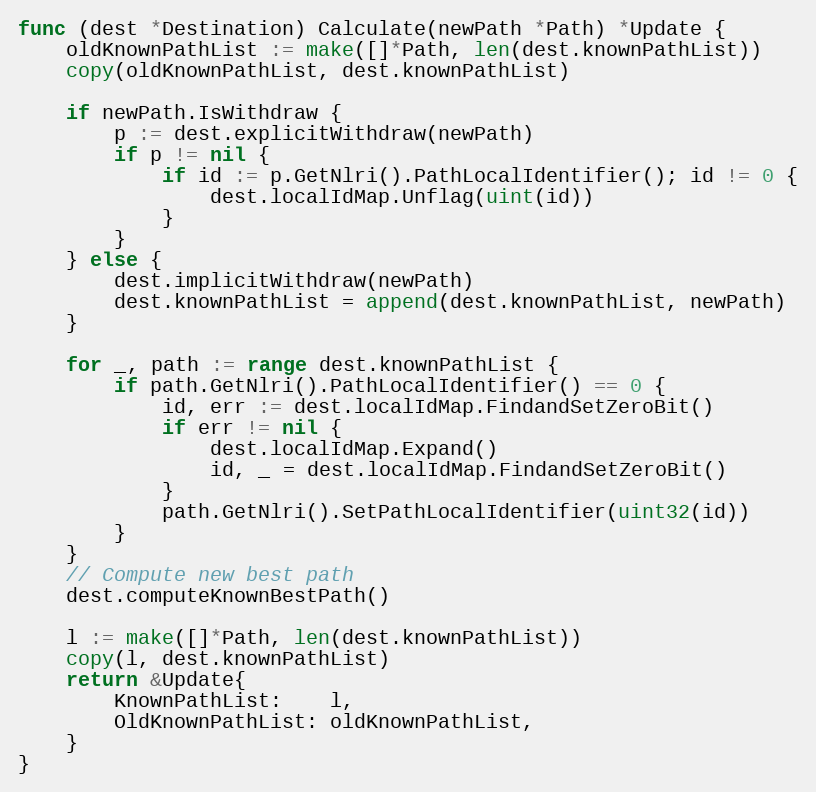
Language: Go
func (dest *Destination) Calculate(newPath *Path) *Update {
	oldKnownPathList := make([]*Path, len(dest.knownPathList))
	copy(oldKnownPathList, dest.knownPathList)

	if newPath.IsWithdraw {
		p := dest.explicitWithdraw(newPath)
		if p != nil {
			if id := p.GetNlri().PathLocalIdentifier(); id != 0 {
				dest.localIdMap.Unflag(uint(id))
			}
		}
	} else {
		dest.implicitWithdraw(newPath)
		dest.knownPathList = append(dest.knownPathList, newPath)
	}

	for _, path := range dest.knownPathList {
		if path.GetNlri().PathLocalIdentifier() == 0 {
			id, err := dest.localIdMap.FindandSetZeroBit()
			if err != nil {
				dest.localIdMap.Expand()
				id, _ = dest.localIdMap.FindandSetZeroBit()
			}
			path.GetNlri().SetPathLocalIdentifier(uint32(id))
		}
	}
	// Compute new best path
	dest.computeKnownBestPath()

	l := make([]*Path, len(dest.knownPathList))
	copy(l, dest.knownPathList)
	return &Update{
		KnownPathList:    l,
		OldKnownPathList: oldKnownPathList,
	}
}